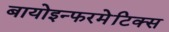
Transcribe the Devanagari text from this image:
बायोइन्फरमेटिक्स